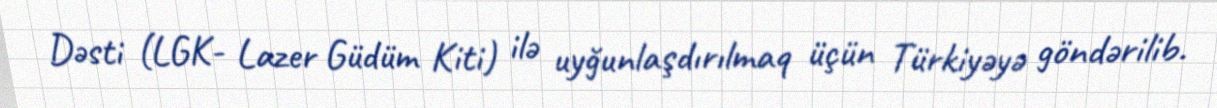
Dəsti (LGK- Lazer Güdüm Kiti) ilə uyğunlaşdırılmaq üçün Türkiyəyə göndərilib.